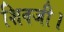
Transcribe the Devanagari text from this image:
शिवजी।